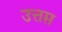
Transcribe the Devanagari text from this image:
उत्तम़